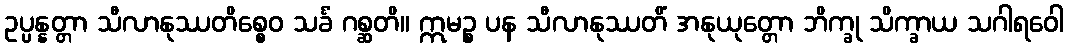
ဥပ္ပန္နတ္တာ သီလာနုဿတိစ္စေဝ သင်္ခံ ဂစ္ဆတိ။ ဣမဉ္စ ပန သီလာနုဿတိံ အနုယုတ္တော ဘိက္ခု သိက္ခာယ သဂါရဝေါ